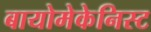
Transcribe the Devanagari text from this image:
बायोमेकेनिस्ट